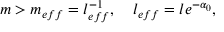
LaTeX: m > m _ { e f f } = l _ { e f f } ^ { - 1 } , \quad l _ { e f f } = l e ^ { - \alpha _ { 0 } } ,